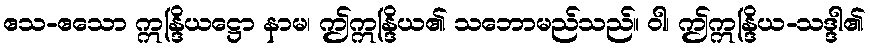
ဧသ-ဧသော ဣန္ဒြိယဋ္ဌော နာမ၊ ဤဣန္ဒြိယ၏ သဘောမည်သည်။ ဝါ၊ ဤဣန္ဒြိယ-သဒ္ဒါ၏